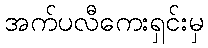
အက်ပလီကေးရှင်းမှ